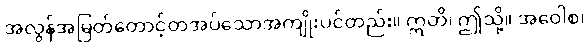
အလွန်အမြတ်တောင့်တအပ်သောအကျိုးပင်တည်း။ ဣတိ၊ ဤသို့။ အဝေါစ၊